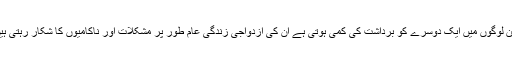
جن لوگوں میں ایک دوسرے کو برداشت کی کمی ہوتی ہے ان کی ازدواجی زندگی عام طور پر مشکلات اور ناکامیوں کا شکار رہتی ہیں۔